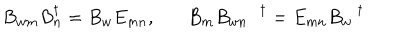
LaTeX: B _ { w m } B _ { n } ^ { \dagger } = B _ { w } E _ { m n } , B _ { m } B _ { w n } ^ { \dagger } = E _ { m n } B _ { w } ^ { \dagger }